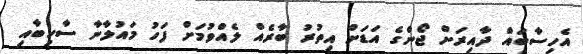
އެހިސާބައް ދާއިރަށް ޖޯންގެ އަޑަށް އިތުރު ބާރެއް ލެއްވުމަށް ފަހު މައުލާނާ ސާހިބާއި